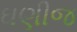
ઘણીજ